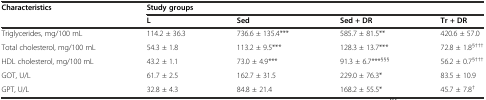
<table><thead><tr><td rowspan="2"><b>Characteristics</b></td><td colspan="4"><b>Study groups</b></td></tr><tr><td><b>L</b></td><td><b>Sed</b></td><td><b>Sed + DR</b></td><td><b>Tr + DR</b></td></tr></thead><tbody><tr><td>Triglycerides, mg/100 mL</td><td>114.2 ± 36.3</td><td>736.6 ± 135.4***</td><td>585.7 ± 81.5**</td><td>420.6 ± 57.0</td></tr><tr><td>Total cholesterol, mg/100 mL</td><td>54.3 ± 1.8</td><td>113.2 ± 9.5***</td><td>128.3 ± 13.7***</td><td>72.8 ± 1.8<sup>§†††</sup></td></tr><tr><td>HDL cholesterol, mg/100 mL</td><td>43.2 ± 1.1</td><td>73.0 ± 4.9***</td><td>91.3 ± 6.7***<sup>§§§</sup></td><td>56.2 ± 0.7<sup>§†††</sup></td></tr><tr><td>GOT, U/L</td><td>61.7 ± 2.5</td><td>162.7 ± 31.5</td><td>229.0 ± 76.3*</td><td>83.5 ± 10.9</td></tr><tr><td>GPT, U/L</td><td>32.8 ± 4.3</td><td>84.8 ± 21.4</td><td>168.2 ± 55.5*</td><td>45.7 ± 7.8<sup>†</sup></td></tr></tbody></table>